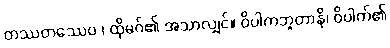
တဿတဿေဝ ၊ ထိုမဂ်၏ အသာလျှင်။ ဝိပါကဘူတာနိ၊ ဝိပါက်၏